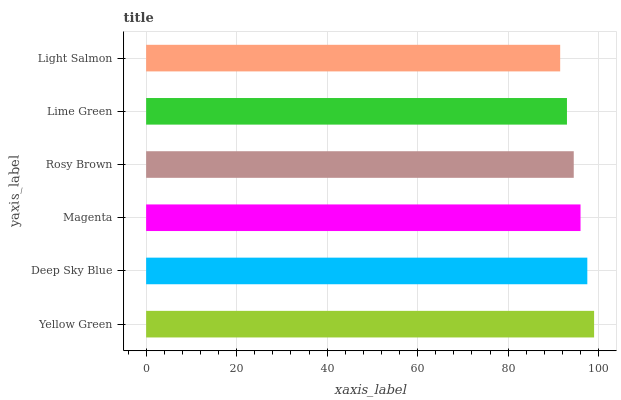
| yaxis_label | bars |
 | --- | --- |
 | Yellow Green | 99 |
 | Deep Sky Blue | 97.5 |
 | Magenta | 96 |
 | Rosy Brown | 94.5 |
 | Lime Green | 93 |
 | Light Salmon | 91.5 |